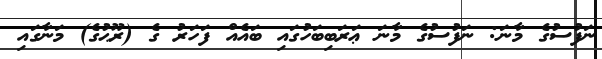
ނަފުސުގެ މާނަ: ނަފުސުގެ މާނަ ޢަރަބިބަހުގައި ބައެއް ފަހަރު ގެ (ރޫޙުގެ) މަނާގައި